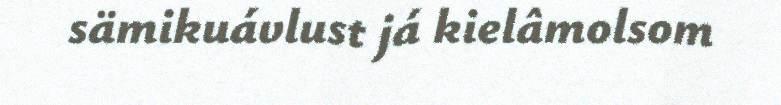
sämikuávlust já kielâmolsom